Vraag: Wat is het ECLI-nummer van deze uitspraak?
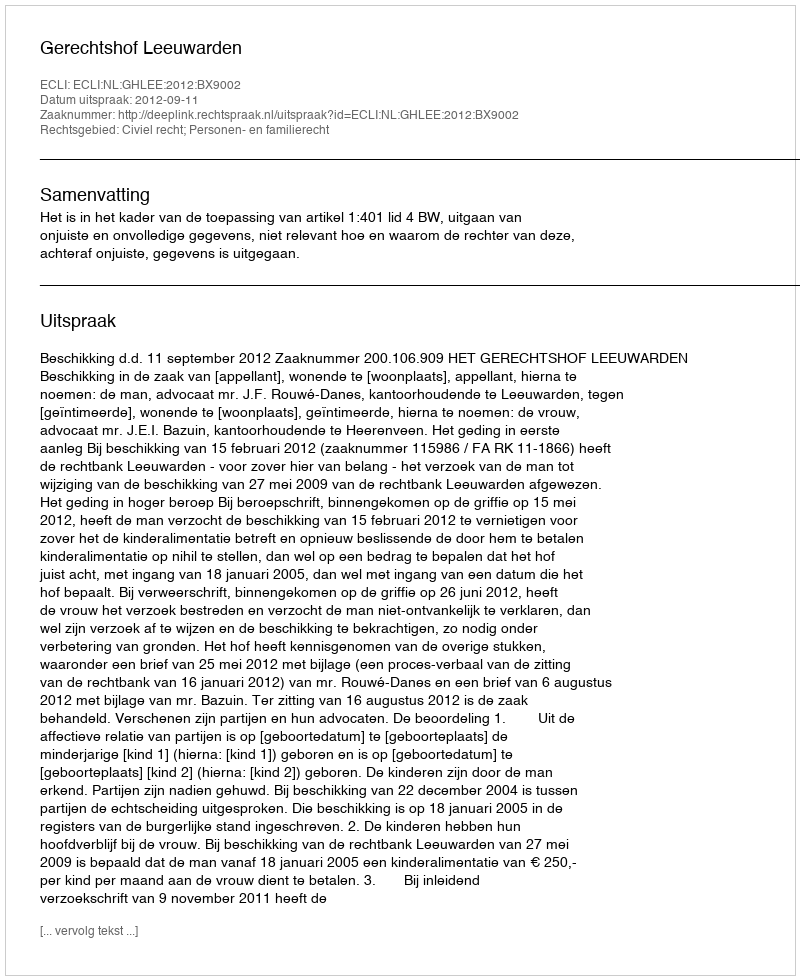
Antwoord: ECLI:NL:GHLEE:2012:BX9002